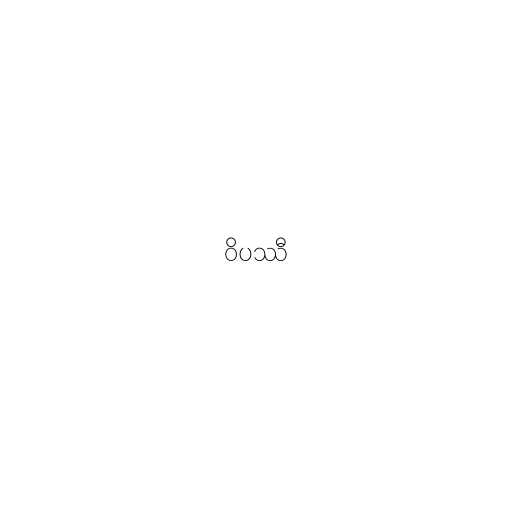
ဝိပဿီ